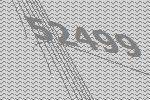
52499